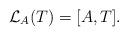
LaTeX: \begin{align*}\mathcal L_{A}(T)=[A,T].\end{align*}